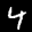
Label: 4